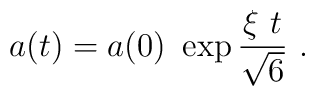
a(t) = a(0)~ \exp{ {{\xi\  t \over\sqrt 6} }}~ .